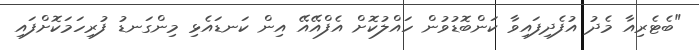
"ބެޓެރިއާ މެދު އުފެދިފައިވާ ކަންބޮޑުވުން ހައްލުކޮށް އެފްއޭއޭ އިން ކަނޑައެޅި މިންގަނޑު ފުރިހަމަކޮށްފައި